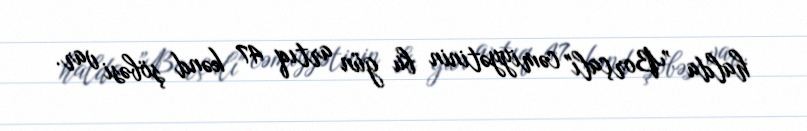
halda ”Borçalı" cəmiyyətinin bu gün artıq 47 kənd şöbəsi var.